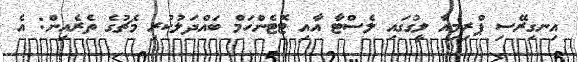
އިނގިރޭސި ޕްރިމިއާ ލީގުގައި ލެސްޓާ އާއި ޓޮޓެންހަމް ބައްދަލުކުރި މެޗުގެ ތެރެއިން: އެ